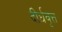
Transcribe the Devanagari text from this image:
दीर्धवृत्त